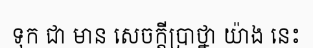
ទុក ជា មាន សេចក្តីប្រាថ្នា យ៉ាង នេះ